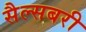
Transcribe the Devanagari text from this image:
सैल्सबरी